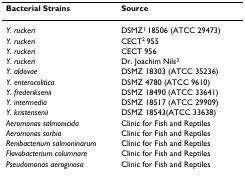
<table><thead><tr><td><b>Bacterial Strains</b></td><td><b>Source</b></td></tr></thead><tbody><tr><td><i>Y. ruckeri</i></td><td>DSMZ<sup>1 </sup>18506 (ATCC 29473)</td></tr><tr><td><i>Y. ruckeri</i></td><td>CECT<sup>2 </sup>955</td></tr><tr><td><i>Y. ruckeri</i></td><td>CECT 956</td></tr><tr><td><i>Y. ruckeri</i></td><td>Dr. Joachim Nils<sup>3</sup></td></tr><tr><td><i>Y. aldovae</i></td><td>DSMZ 18303 (ATCC 35236)</td></tr><tr><td><i>Y. enterocolitica</i></td><td>DSMZ 4780 (ATCC 9610)</td></tr><tr><td><i>Y. frederiksenii</i></td><td>DSMZ 18490 (ATCC 33641)</td></tr><tr><td><i>Y. intermedia</i></td><td>DSMZ 18517 (ATCC 29909)</td></tr><tr><td><i>Y. kristensenii</i></td><td>DSMZ 18543(ATCC 33638)</td></tr><tr><td><i>Aeromonas salmonicida</i></td><td>Clinic for Fish and Reptiles</td></tr><tr><td><i>Aeromonas sorbia</i></td><td>Clinic for Fish and Reptiles</td></tr><tr><td><i>Renibacterium salmoninarum</i></td><td>Clinic for Fish and Reptiles</td></tr><tr><td><i>Flavobacterium columnare</i></td><td>Clinic for Fish and Reptiles</td></tr><tr><td><i>Pseudomonas aeroginosa</i></td><td>Clinic for Fish and Reptiles</td></tr></tbody></table>